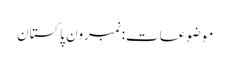
موضوعات:نمبرون پاکستان